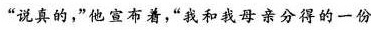
“说真的，”他宣布着，“我和我母亲分得的一份